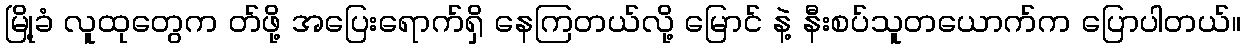
မြို့ခံ လူထုတွေက တ်ဖို့ အပြေးရောက်ရှိ နေကြတယ်လို့ မြောင် နဲ့ နီးစပ်သူတယောက်က ပြောပါတယ်။